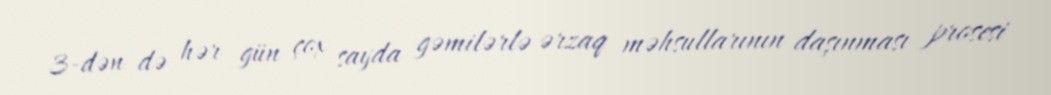
3-dən də hər gün çox sayda gəmilərlə ərzaq məhsullarının daşınması prosesi